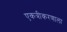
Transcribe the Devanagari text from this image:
एकत्रीकरणाला